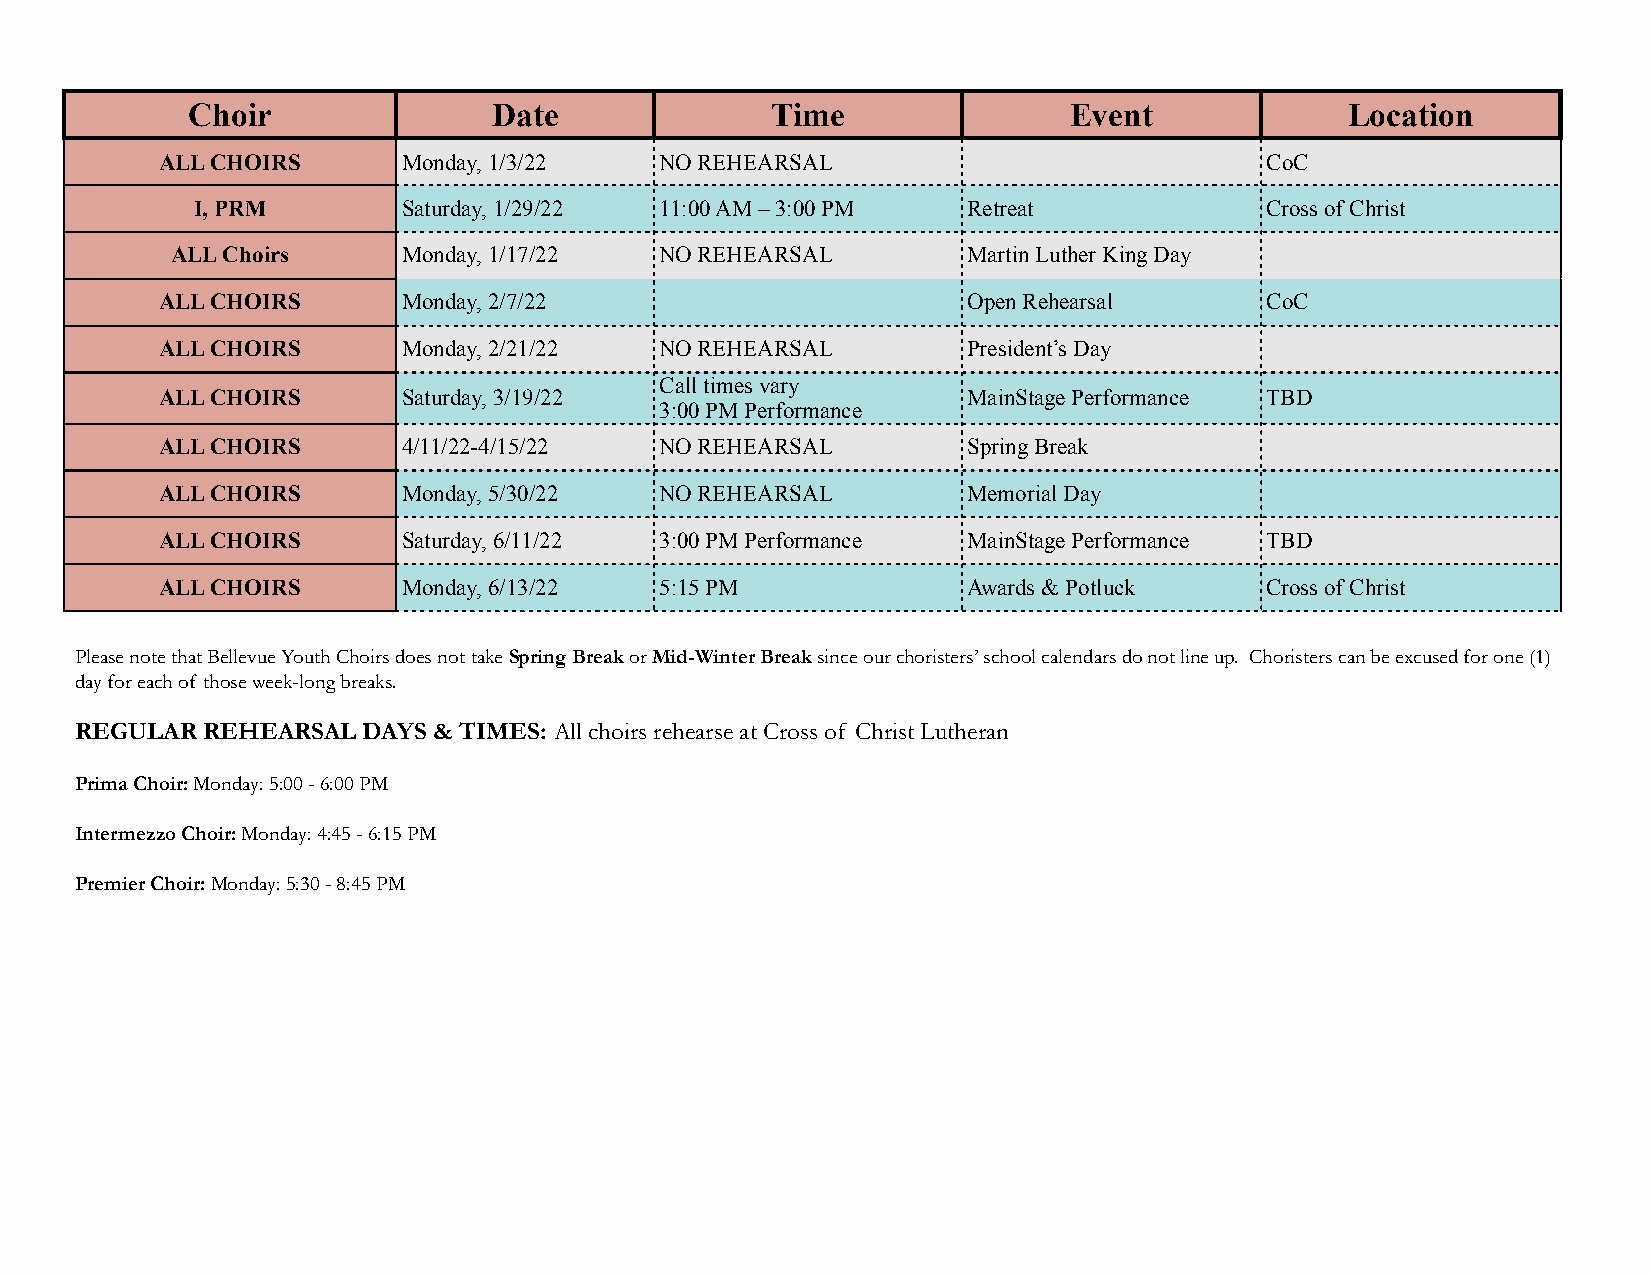
Choir                Date              Time                Event             Location
 ALL CHOIRS      Monday, 1/3/22   NO REHEARSAL                            CoC
 I, PRM        Saturday, 1/29/22 11:00 AM – 3:00 PM Retreat             Cross of Christ
 ALL Choirs      Monday, 1/17/22  NO REHEARSAL        Martin Luther King Day
 ALL CHOIRS      Monday, 2/7/22                       Open Rehearsal      CoC
 ALL CHOIRS      Monday, 2/21/22  NO REHEARSAL        President’s Day
 Call times vary
 ALL CHOIRS      Saturday, 3/19/22                    MainStage Performance TBD
 3:00 PM Performance
 ALL CHOIRS      4/11/22-4/15/22  NO REHEARSAL        Spring Break
 ALL CHOIRS      Monday, 5/30/22  NO REHEARSAL        Memorial Day
 ALL CHOIRS      Saturday, 6/11/22 3:00 PM Performance MainStage Performance TBD
 ALL CHOIRS      Monday, 6/13/22  5:15 PM             Awards & Potluck    Cross of Christ
 Please note that Bellevue Youth Choirs does not take Spring Break or Mid-Winter Break since our choristers’ school calendars do not line up. Choristers can be excused for one (1)
 day for each of those week-long breaks.
 REGULAR REHEARSAL  DAYS & TIMES: All choirs rehearse at Cross of Christ Lutheran
 Prima Choir: Monday: 5:00 - 6:00 PM
 Intermezzo Choir: Monday: 4:45 - 6:15 PM
 Premier Choir: Monday: 5:30 - 8:45 PM